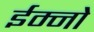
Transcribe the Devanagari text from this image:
ईम्नो